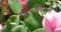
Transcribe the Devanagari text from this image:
युद्धांदरम्यान